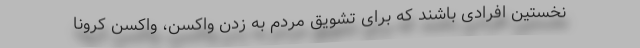
نخستین افرادی باشند که برای تشویق مردم به زدن واکسن، واکسن کرونا